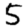
Digit: 5